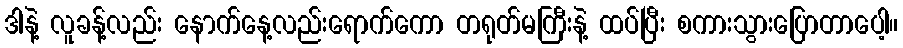
ဒါနဲ့ လူခန့်လည်း နောက်နေ့လည်းရောက်ကော တရုတ်မကြီးနဲ့ ထပ်ပြီး စကားသွားပြောတာပေါ့။